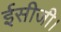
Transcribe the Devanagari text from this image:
ईसीजी।